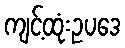
ကျင့်ထုံးဥပဒေ